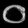
Digit: ၀